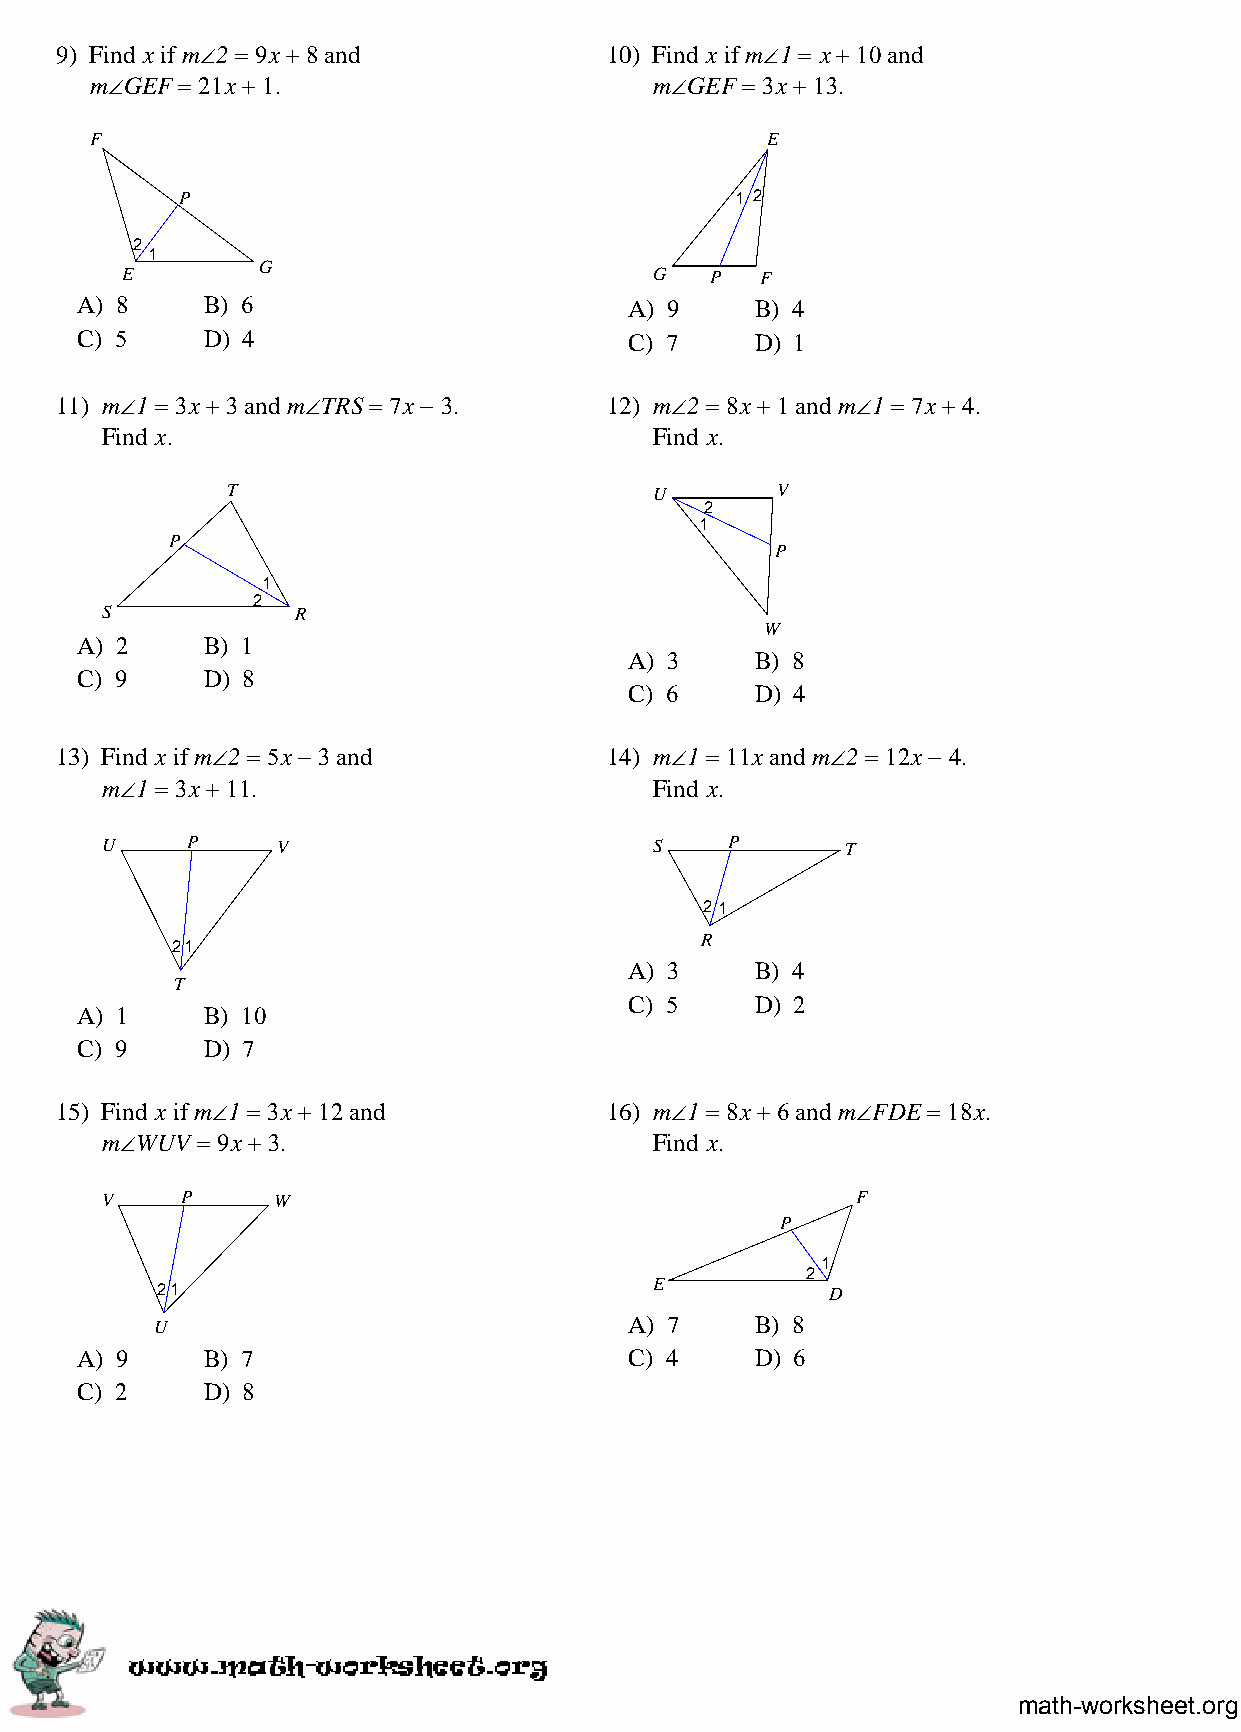
9) Find x if m∠2 = 9x + 8 and       10) Find x if m∠1 = x + 10 and
 m∠GEF = 21x + 1.                     m∠GEF = 3x + 13.
 F                                            E
 P                                    1 2
 2
 1
 G
 E                                  G   P  F
 A) 8    B) 6                         A) 9    B) 4
 C) 5    D) 4                         C) 7    D) 1
 11) m∠1 = 3x + 3 and m∠TRS = 7x − 3. 12) m∠2 = 8x + 1 and m∠1 = 7x + 4.
 Find x.                             Find x.
 T                           U       V
 2
 1
 P
 P
 1
 2
 S           R
 W
 A) 2    B) 1
 A) 3    B) 8
 C) 9    D) 8
 C) 6    D) 4
 13) Find x if m∠2 = 5x − 3 and      14) m∠1 = 11x and m∠2 = 12x − 4.
 m∠1 = 3x + 11.                      Find x.
 U    P     V                        S    P       T
 21
 R
 21
 A) 3    B) 4
 T
 C) 5    D) 2
 A) 1    B) 10
 C) 9    D) 7
 15) Find x if m∠1 = 3x + 12 and     16) m∠1 = 8x + 6 and m∠FDE = 18x.
 m∠WUV = 9x + 3.                     Find x.
 V    P     W                                      F
 P
 1
 2
 E
 21                                           D
 U                               A) 7    B) 8
 A) 9    B) 7                         C) 4    D) 6
 C) 2    D) 8
 math-worksheet.org